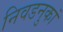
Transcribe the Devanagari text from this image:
निवडनुकां